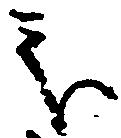
処